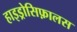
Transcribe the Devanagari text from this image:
हाइड्रोसिफ़ालस